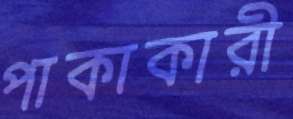
পাকাকারী